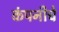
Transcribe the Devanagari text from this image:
कंपनीचेे